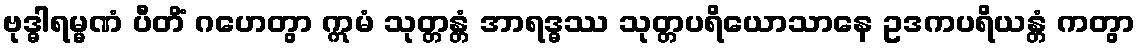
ဗုဒ္ဓါရမ္မဏံ ပီတိံ ဂဟေတွာ ဣမံ သုတ္တန္တံ အာရဒ္ဓဿ သုတ္တပရိယောသာနေ ဥဒကပရိယန္တံ ကတွာ